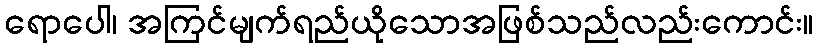
ရောပေါ၊ အကြင်မျက်ရည်ယိုသောအဖြစ်သည်လည်းကောင်း။